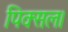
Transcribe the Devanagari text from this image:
पिक्सल।